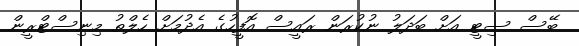
ބޭސް ސިޓީ އަށް ބަދަލު ނުކުރަން ރައީސް އޮފީހުގެ އެދުމަށް ހެލްތު މިނިސްޓްރީން